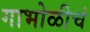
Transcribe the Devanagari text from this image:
गाभोळीचं